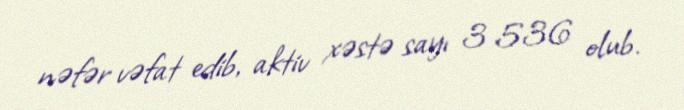
nəfər vəfat edib, aktiv xəstə sayı 3 536 olub.